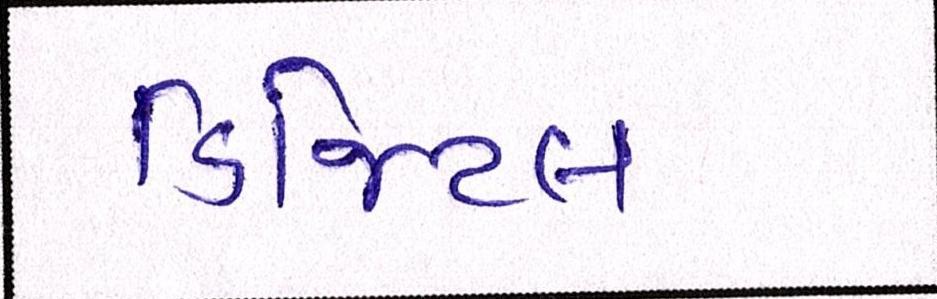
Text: ડિજિટલ